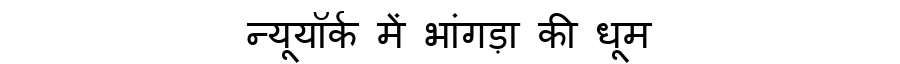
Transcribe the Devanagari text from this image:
न्यूयॉर्क में भांगड़ा की धूम